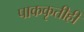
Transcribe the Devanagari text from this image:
पाककृतीही